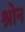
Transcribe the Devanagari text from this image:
श्रोन